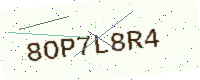
Text: 8OP7L8R4